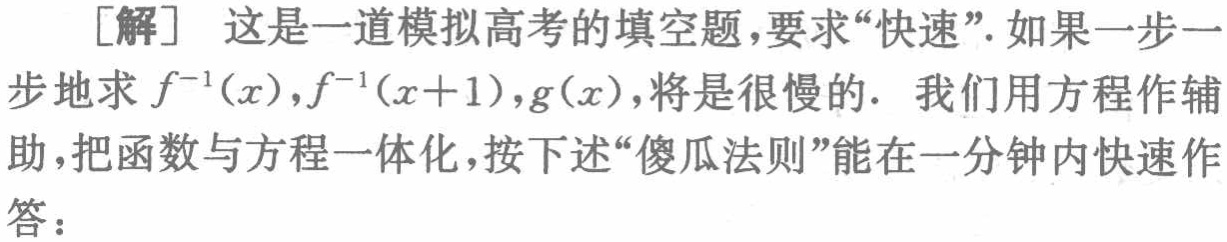
[解] 这是一道模拟高考的填空题,要求“快速”. 如果一步一步地求 \(f^{-1}(x),f^{-1}(x + 1),g(x)\),将是很慢的. 我们用方程作辅助,把函数与方程一体化,按下述“傻瓜法则”能在一分钟内快速作答：